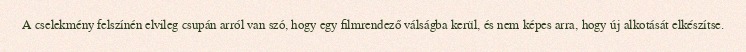
A cselekmény felszínén elvileg csupán arról van szó, hogy egy filmrendező válságba kerül, és nem képes arra, hogy új alkotását elkészítse.